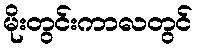
မိုးတွင်းကာလတွင်